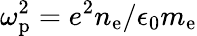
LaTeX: \omega_{\mathrm{p}}^{2}=e^{2}n_{\mathrm{e}}/\epsilon_{\mathrm{0}}m_{\mathrm{e}}